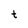
Character: t